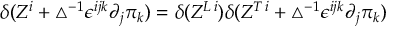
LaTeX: \delta ( Z ^ { i } + \bigtriangleup ^ { - 1 } \epsilon ^ { i j k } \partial _ { j } \pi _ { k } ) = \delta ( Z ^ { L \, i } ) \delta ( Z ^ { T \, i } + \bigtriangleup ^ { - 1 } \epsilon ^ { i j k } \partial _ { j } \pi _ { k } )